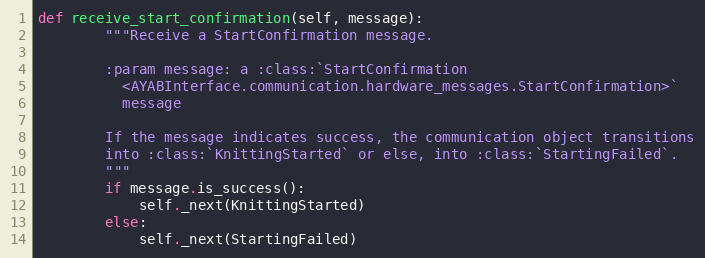
Language: Python
def receive_start_confirmation(self, message):
        """Receive a StartConfirmation message.

        :param message: a :class:`StartConfirmation
          <AYABInterface.communication.hardware_messages.StartConfirmation>`
          message

        If the message indicates success, the communication object transitions
        into :class:`KnittingStarted` or else, into :class:`StartingFailed`.
        """
        if message.is_success():
            self._next(KnittingStarted)
        else:
            self._next(StartingFailed)